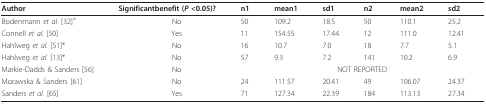
<table><thead><tr><td><b>Author</b></td><td><b>Significantbenefit (<i>P </i>&lt;0.05)?</b></td><td><b>n1</b></td><td><b>mean1</b></td><td><b>sd1</b></td><td><b>n2</b></td><td><b>mean2</b></td><td><b>sd2</b></td></tr></thead><tbody><tr><td>Bodenmann <i>et al. </i>[32]<sup>a</sup></td><td>No</td><td>50</td><td>109.2</td><td>18.5</td><td>50</td><td>110.1</td><td>25.2</td></tr><tr><td>Connell <i>et al. </i>[50]</td><td>Yes</td><td>11</td><td>154.55</td><td>17.44</td><td>12</td><td>111.0</td><td>12.41</td></tr><tr><td>Hahlweg <i>et al. </i>[51]*</td><td>No</td><td>16</td><td>10.7</td><td>7.0</td><td>18</td><td>7.7</td><td>5.1</td></tr><tr><td>Hahlweg <i>et al. </i>[13]*</td><td>No</td><td>57</td><td>9.3</td><td>7.2</td><td>141</td><td>10.2</td><td>6.9</td></tr><tr><td>Markie-Dadds &amp; Sanders [56]</td><td>No</td><td colspan="6">NOT REPORTED</td></tr><tr><td>Morawska &amp; Sanders [61]</td><td>No</td><td>24</td><td>111.57</td><td>20.41</td><td>49</td><td>106.07</td><td>24.37</td></tr><tr><td>Sanders <i>et al. </i>[65]</td><td>Yes</td><td>71</td><td>127.34</td><td>22.39</td><td>184</td><td>113.13</td><td>27.34</td></tr></tbody></table>